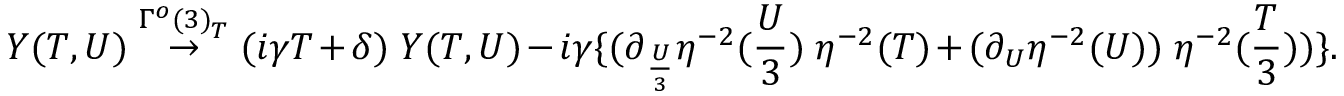
{ \cal Y } ( T , U ) \stackrel { { \Gamma ^ { o } ( 3 ) } _ { T } } { \rightarrow } ( i \gamma T + \delta ) \; { \cal Y } ( T , U ) - i \gamma \{ ( \partial _ { \frac { U } { 3 } } \eta ^ { - 2 } ( \frac { U } { 3 } ) \; \eta ^ { - 2 } ( T ) + ( \partial _ { U } \eta ^ { - 2 } ( U ) ) \; \eta ^ { - 2 } ( \frac { T } { 3 } ) ) \} .